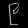
Digit: ၉